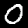
Digit: 0